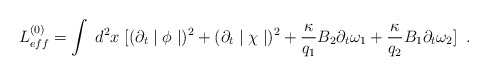
\begin{align*} L^{(0)}_{eff}=\int\;d^{2}x\; [(\partial_{t}\mid\phi\mid)^{2}+(\partial_{t}\mid\chi\mid)^{2}+ \frac{\kappa}{q_{1}}B_{2}\partial_{t}\omega_{1}+ \frac{\kappa}{q_{2}}B_{1}\partial_{t}\omega_{2}]\;\;.\end{align*}